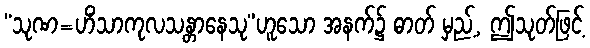
“သုဏ=ဟိံသာကုလသန္တာနေသု”ဟူသော အနက်၌ ဓာတ် မှည့်, ဤသုတ်ဖြင့်